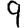
Digit: 9